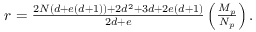
\begin{array} { r } { r = \frac { 2 N \left( d + e \left( d + 1 \right) \right) + 2 d ^ { 2 } + 3 d + 2 e \left( d + 1 \right) } { 2 d + e } \left( \frac { M _ { p } } { N _ { p } } \right) . } \end{array}